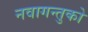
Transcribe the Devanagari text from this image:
नवागन्तुको